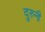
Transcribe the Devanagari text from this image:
दुरुनी